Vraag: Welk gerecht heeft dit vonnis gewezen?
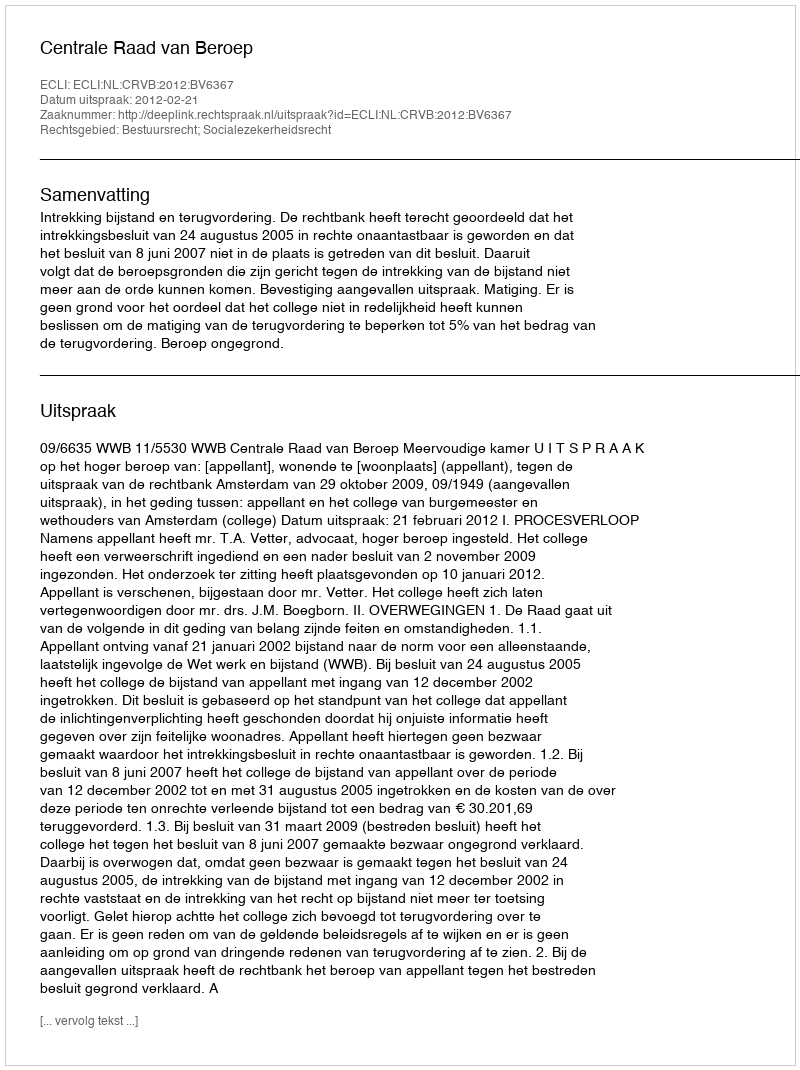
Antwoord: Centrale Raad van Beroep